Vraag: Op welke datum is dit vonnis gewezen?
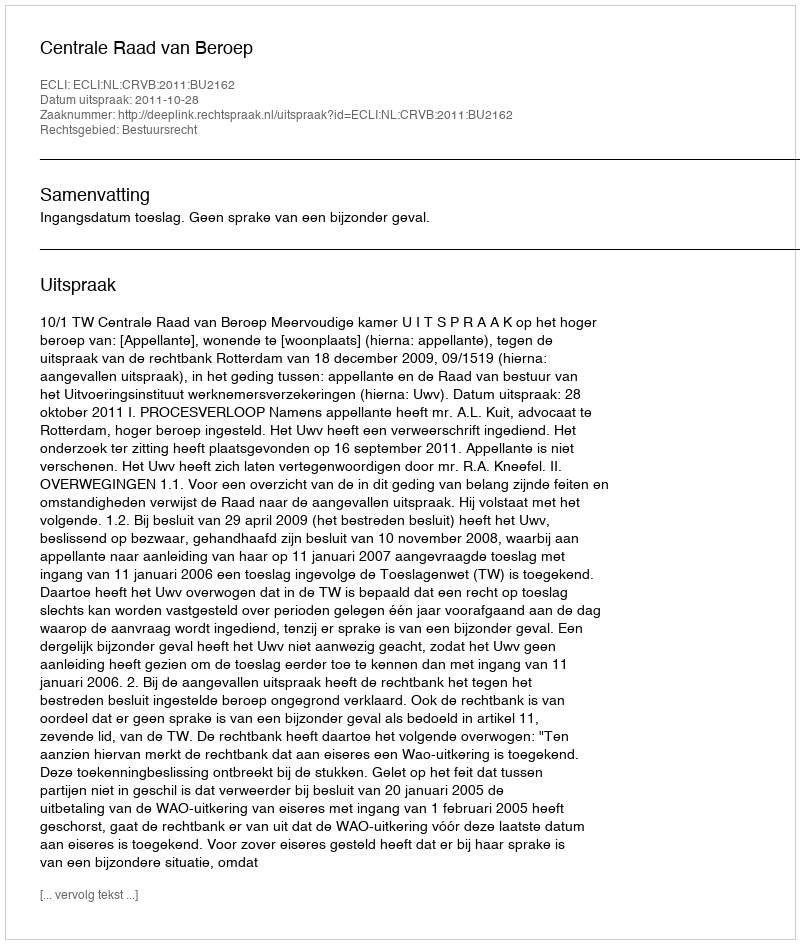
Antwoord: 2011-10-28